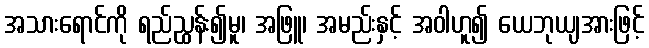
အသားရောင်ကို ရည်ညွှန်း၍မူ၊ အဖြူ၊ အမည်းနှင့် အဝါဟူ၍ ယေဘုယျအားဖြင့်